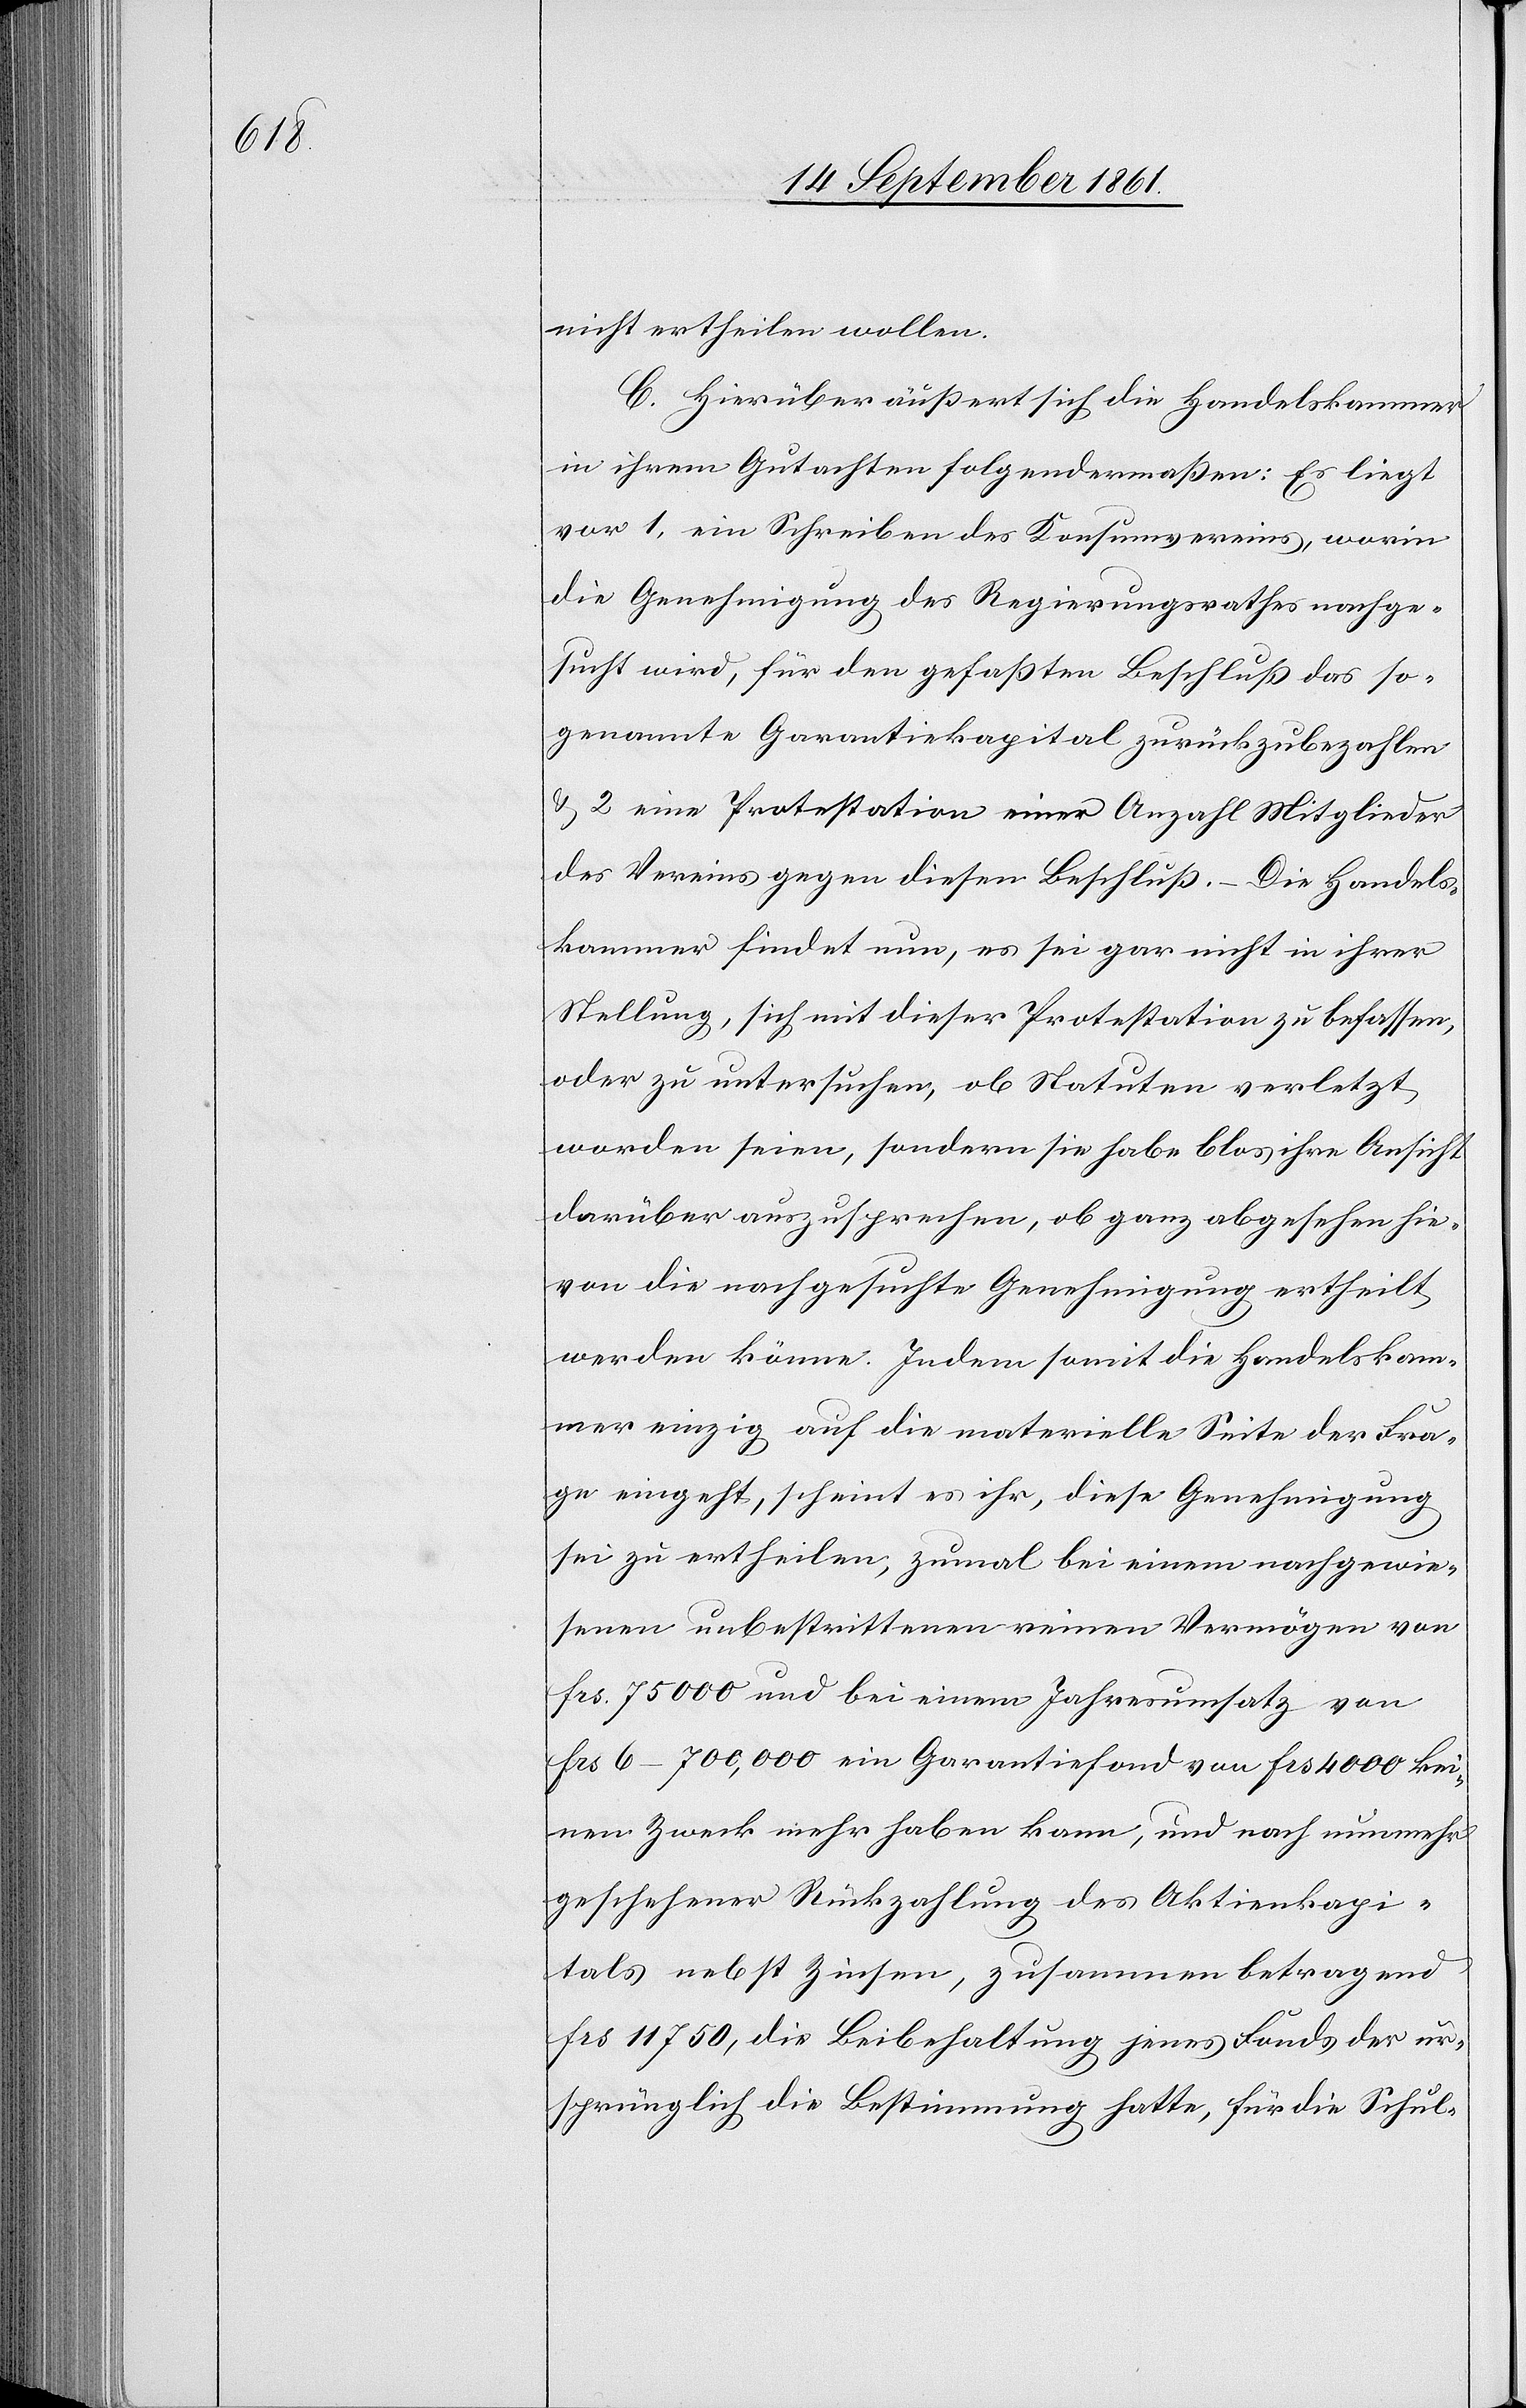
nicht ertheilen wollen.
C. Hierüber äußert sich die Handelskammer
in ihrem Gutachten folgendermaßen: Es liegt
vor 1, ein Schreiben des Konsumvereins, worin
die Genehmigung des Regierungsrathes nachge¬
sucht wird, für den gefaßten Beschluß das so¬
genannte Garantiekapital zurückzubezahlen
u. 2 eine Protestation einer Anzahl Mitglieder
des Vereins gegen diesen Beschluß. – Die Handels¬
kammer findet nun, es sei gar nicht in ihrer
Stellung, sich mit dieser Protestation zu befassen,
oder zu untersuchen, ob Statuten verletzt
worden seien, sondern sie habe blos ihre Ansicht
darüber auszusprechen, ob ganz abgesehen hie¬
von die nachgesuchte Genehmigung ertheilt
werden könne. Indem somit die Handelskam¬
mer einzig auf die materielle Seite der Fra¬
ge eingeht, scheint es ihr, diese Genehmigung
sei zu ertheilen, zumal bei einem nachgewie¬
senen unbestrittenen reinen Vermögen von
frs 75000 und bei einem Jahresumsatz von
frs 6–700,000 ein Garantiefond von frs 4000 kei¬
nen Zweck mehr haben kann, und nach nunmehr
geschehener Rückzahlung des Aktienkapi¬
tals nebst Zinsen, zusammen betragend
frs 11750, die Beibehaltung jenes Fonds der ur¬
sprünglich die Bestimmung hatte, für die Schul-